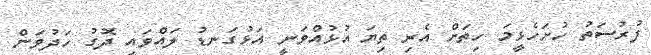
ފުރުސަތު ހުށަހެޅީމަ ހިތަށް އެރި ތިޔަ އުޅުއްވަނީ އަޅުގަނޑު ލައްވައި ދޮގު ހަދުވަން